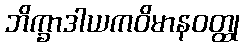
ဘိက္ခာဒါယကဝိမာနဝတ္ထု